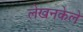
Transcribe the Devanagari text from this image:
लेखनकेले